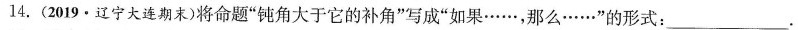
14.(2019·辽宁大连期末)将命题”钝角大于它的补角”写成”如果……，那么……”的形式：___.